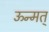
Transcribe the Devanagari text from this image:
ऊन्मत्